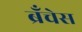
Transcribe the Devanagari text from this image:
ब्रँचेस